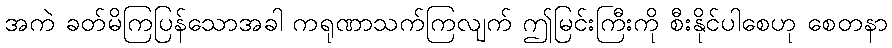
အကဲ ခတ်မိကြပြန်သောအခါ ကရုဏာသက်ကြလျက် ဤမြင်းကြီးကို စီးနိုင်ပါစေဟု စေတနာ